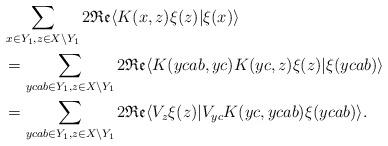
LaTeX: \begin{align*}&\sum_{x \in Y_1, z \in X \setminus Y_1} 2\mathfrak{Re} \langle K(x,z)\xi(z) | \xi(x)\rangle\\&= \sum_{ycab \in Y_1, z \in X \setminus Y_1} 2\mathfrak{Re} \langle K(ycab,yc)K(yc,z)\xi(z) | \xi(ycab)\rangle\\&= \sum_{ycab \in Y_1, z \in X \setminus Y_1} 2\mathfrak{Re} \langle V_z\xi(z) | V_{yc}K(yc,ycab)\xi(ycab)\rangle.\end{align*}